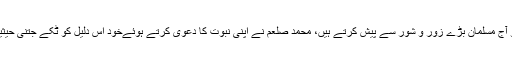
گویا جس دلیل کو آج مسلمان بڑے زور و شور سے پیش کرتے ہیں، محمد صلعم نے اپنی نبوت کا دعویٰ کرتے ہوئےخود اس دلیل کو ٹکے جتنی حیثیت بھی نہیں دی۔